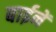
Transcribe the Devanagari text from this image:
बाईनें